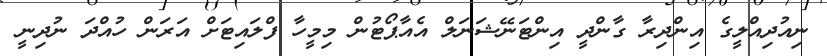
ނިއުދިއްލީގެ އިންދިރާ ގާންދީ އިންޓަނޭޝަނަލް އެއާޕޯޓުން މިމީހާ ފްލައިޓަށް އަރަން ހުއްދަ ނުދިނީ